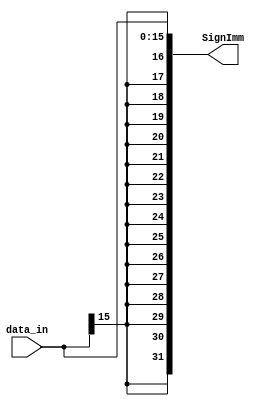
module sign_extend(
                    input [15:0] data_in,
                    output reg [31:0] SignImm
);
always@(*)
begin

SignImm={{16{data_in[15]}},data_in};


end

endmodule